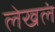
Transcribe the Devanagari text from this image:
लेखलं